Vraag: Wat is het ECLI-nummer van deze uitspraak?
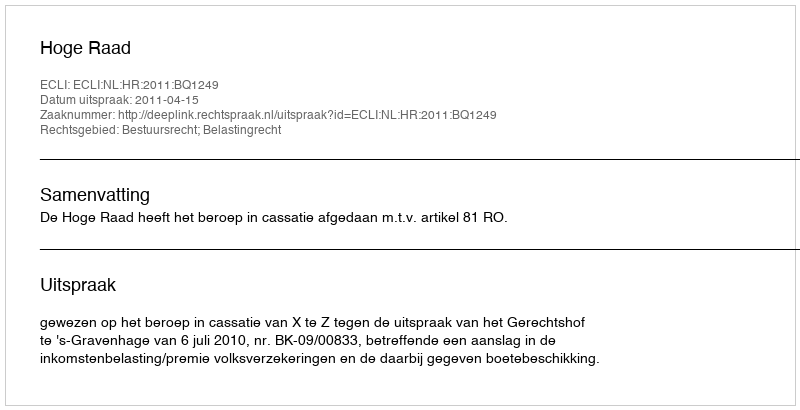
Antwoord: ECLI:NL:HR:2011:BQ1249